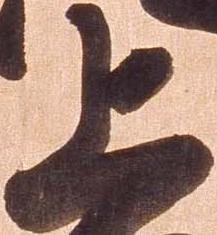
上